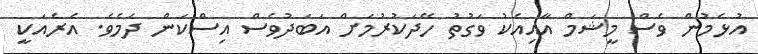
އުޅެމުން ވެސް މީޝަމް އާއިއެކު ވަގުތު ހޭދަކުރުމަށް އަބަދުވެސް އިސްކަން ދެމެވެ. އެރެއަކީ